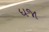
ધજા